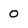
Character: O